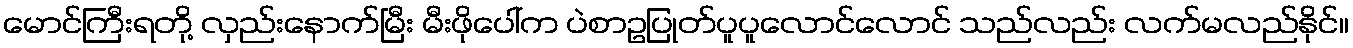
မောင်ကြီးရတို့ လှည်းနောက်မြီး မီးဖိုပေါ်က ပဲစာဥပြုတ်ပူပူလောင်လောင် သည်လည်း လက်မလည်နိုင်။